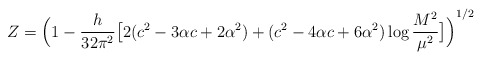
\begin{align*}Z={\Big(1-\frac{h}{32\pi^2}\big[2(c^2-3\alpha c+2\alpha^2)+(c^2-4\alpha c+6\alpha^2)\log\frac{M^2}{\mu^2}\big]\Big)}^{1/2}\end{align*}